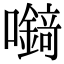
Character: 𡄘